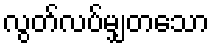
လွတ်လပ်မျှတသော